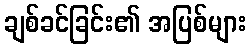
ချစ်ခင်ခြင်း၏ အပြစ်များ